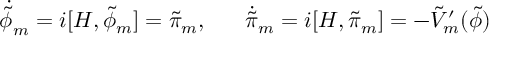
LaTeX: \dot { \tilde { \phi } } _ { m } = i [ H , \tilde { \phi } _ { m } ] = \tilde { \pi } _ { m } , \; \; \; \; \; \; \dot { \tilde { \pi } } _ { m } = i [ H , \tilde { \pi } _ { m } ] = - \tilde { V } _ { m } ^ { \prime } ( \tilde { \phi } )